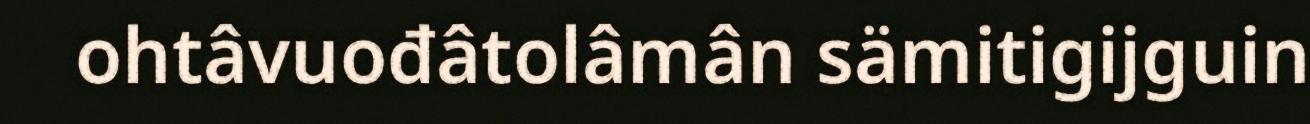
ohtâvuođâtolâmân sämitigijguin